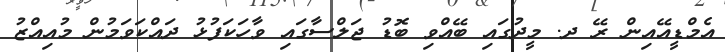
އެމްޑީއޭއިން ރޭ ދ. މީދުގައި ބޭއްވި ބޮޑު ޖަލްސާގައި ވާހަކަފުޅު ދައްކަވަމުން މުއިއްޒު